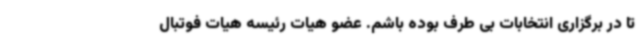
تا در برگزاری انتخابات بی طرف بوده باشم. عضو هیات رئیسه هیات فوتبال